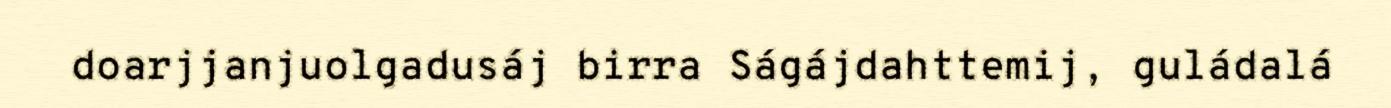
doarjjanjuolgadusáj birra Ságájdahttemij, guládalá